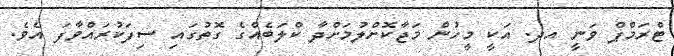
ޓްރަމްޕް ވަނީ އދ. އަކީ މީހުން މަޖާކޮށްލުމަށްދާ ކްލަބެއްގެ ގޮތުގައި ސިފަކުރައްވާފަ އެވެ.